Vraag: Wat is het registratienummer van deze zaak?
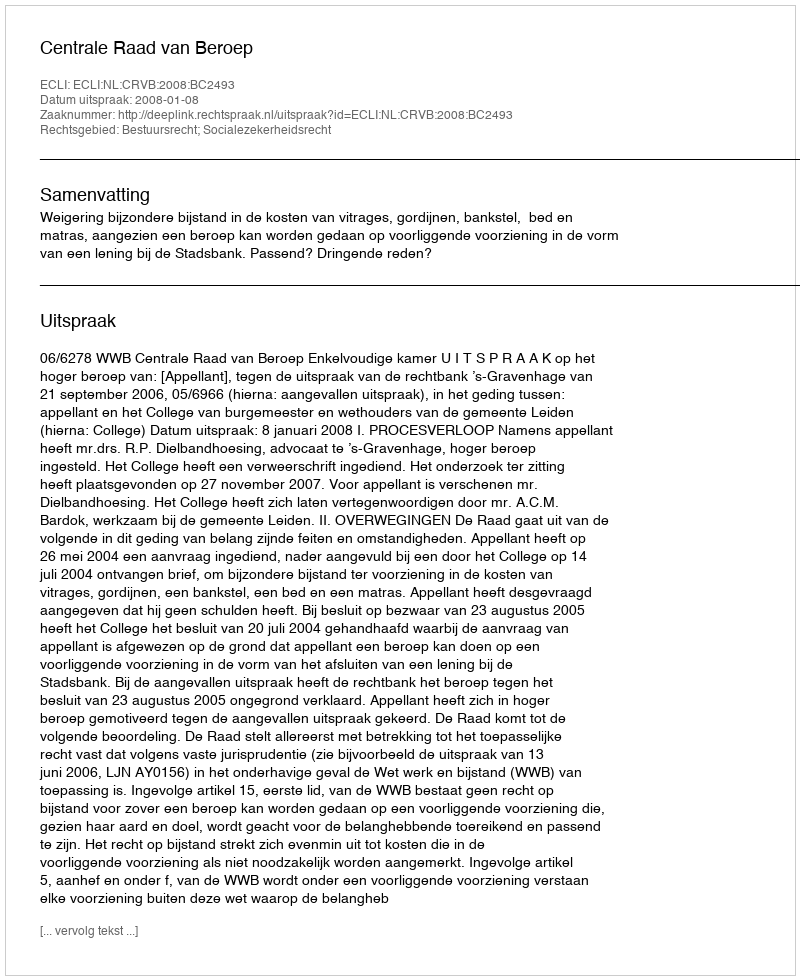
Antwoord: http://deeplink.rechtspraak.nl/uitspraak?id=ECLI:NL:CRVB:2008:BC2493